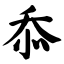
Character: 忝